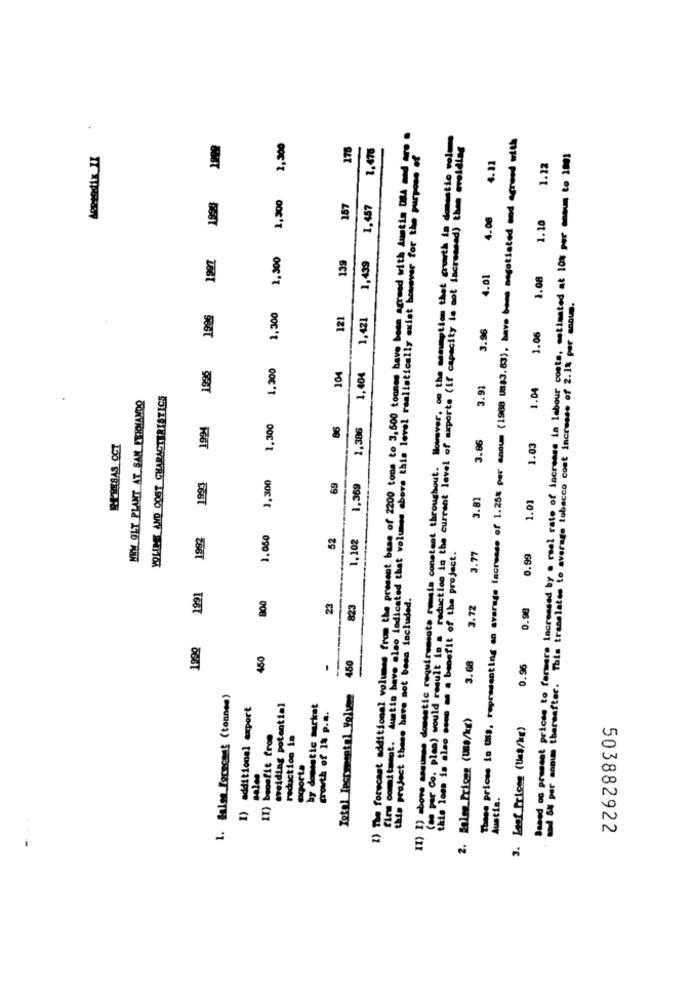
I) The forecast additional volumes from the present base of 2200 tons to 3,500 tonnes have been agreed with Auntin DRA d r .
( of par Co. plee) would result is a reduction in the current level of exports (if capacity is not increased) then avoidlas
These prices in Us), representing an average Increase of 1.25% per annum (1988 0883.63), have been negotiated and grow with
1999
2,300
176
1.476
II) I) bowe assumes domestic requirements remets constant throughout. However, on the meseptice that enwith to demmetie polo
Aoprodix II
3.96 4.01 4.06 4.11
at prices to farmers Increased by a real rate of increase in labour costs, estimated at 10% por amaum to 1001
fim commitment. Austis have also indicated that volumes above this level realistically wist however for the purpose
1.12
1,300
157
1,457
1.10
1.300
139
1,439
1.08
Depelo Pras hereafter. Tale translates to average tobacco cost increase of 2.1% per mouse.
1986
1,300
121
1,421
1.06
1995
1,300
104
1,404
3.91
1.04
YOLINE AND OOST CHARACTERISTICS
NEW OLT PLANT AT SAN FERNANDO
1994
1.300
86
1,386
3.86
RERESAS OCT
1.03
1,300
1992 1993
69
1,369
3.81
1.01
1.050
52
1.102
this loss is also come on a benefit of the project.
3.77
0.99
800
this project there have not been included.
23
823
3.72
0.98
बडा
1992
450
3.68
-
450
0.96
1. Salen Lerecent (tonnes)
Total Jesramental Volume
additional export
mreiding potential
by domestic market
growth of 1% p.a.
2. Balen Prices (Uso/kg)
3. Leaf Prices (Uet/kg)
II) benefit from
reduction in
scporta
sales
503882922